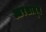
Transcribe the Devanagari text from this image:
आरशातून